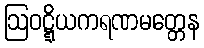
ဩဝဋ္ဋိယကရဏမတ္တေန